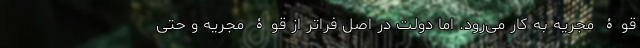
قوۀ مجریه به کار می‌رود. اما دولت در اصل فراتر از قوۀ مجریه و حتی